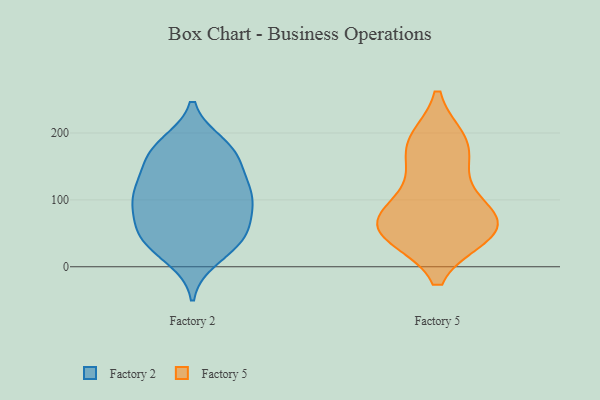
{"axis": {"x": "Gross Profit (USD K)", "y": "Value"}, "legend": ["Factory 2", "Factory 5"], "data": [{"x": "", "y": 163, "type": "Factory 2"}, {"x": "", "y": 158, "type": "Factory 2"}, {"x": "", "y": 39, "type": "Factory 2"}, {"x": "", "y": 70, "type": "Factory 2"}, {"x": "", "y": 122, "type": "Factory 2"}, {"x": "", "y": 113, "type": "Factory 2"}, {"x": "", "y": 14, "type": "Factory 2"}, {"x": "", "y": 37, "type": "Factory 2"}, {"x": "", "y": 95, "type": "Factory 2"}, {"x": "", "y": 178, "type": "Factory 2"}, {"x": "", "y": 61, "type": "Factory 2"}, {"x": "", "y": 101, "type": "Factory 2"}, {"x": "", "y": 182, "type": "Factory 2"}, {"x": "", "y": 35, "type": "Factory 2"}, {"x": "", "y": 171, "type": "Factory 2"}, {"x": "", "y": 108, "type": "Factory 2"}, {"x": "", "y": 55, "type": "Factory 2"}, {"x": "", "y": 111, "type": "Factory 2"}, {"x": "", "y": 80, "type": "Factory 5"}, {"x": "", "y": 49, "type": "Factory 5"}, {"x": "", "y": 63, "type": "Factory 5"}, {"x": "", "y": 174, "type": "Factory 5"}, {"x": "", "y": 130, "type": "Factory 5"}, {"x": "", "y": 86, "type": "Factory 5"}, {"x": "", "y": 48, "type": "Factory 5"}, {"x": "", "y": 56, "type": "Factory 5"}, {"x": "", "y": 54, "type": "Factory 5"}, {"x": "", "y": 187, "type": "Factory 5"}, {"x": "", "y": 186, "type": "Factory 5"}]}